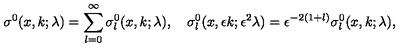
\sigma ^ { 0 } ( x , k ; \lambda ) = \sum _ { l = 0 } ^ { \infty } \sigma _ { l } ^ { 0 } ( x , k ; \lambda ) , \quad \sigma _ { l } ^ { 0 } ( x , \epsilon k ; \epsilon ^ { 2 } \lambda ) = \epsilon ^ { - 2 ( 1 + l ) } \sigma _ { l } ^ { 0 } ( x , k ; \lambda ) ,